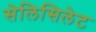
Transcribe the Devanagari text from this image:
सेलिसिलेट